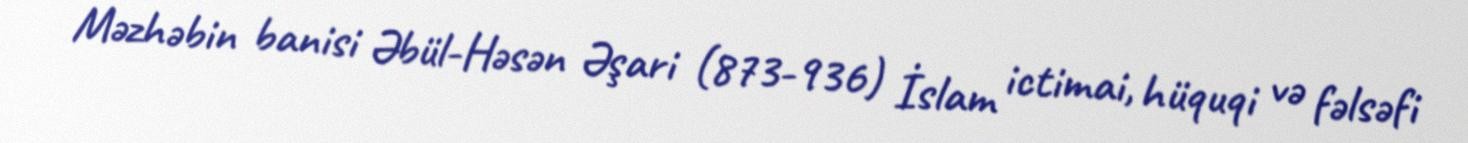
Məzhəbin banisi Əbül-Həsən Əşari (873-936) İslam ictimai, hüquqi və fəlsəfi